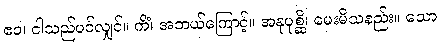
ဧဝ၊ ငါသည်ပင်လျှင်။ ကိံ၊ အဘယ်ကြောင့်။ အနုပုစ္ဆိ၊ မေးမိသနည်း။ သော